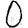
Digit: 0